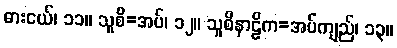
ဓားငယ်၊ ၁၁။ သူစိ=အပ်၊ ၁၂။ သူစိနာဠိက=အပ်ကျည်၊ ၁၃။